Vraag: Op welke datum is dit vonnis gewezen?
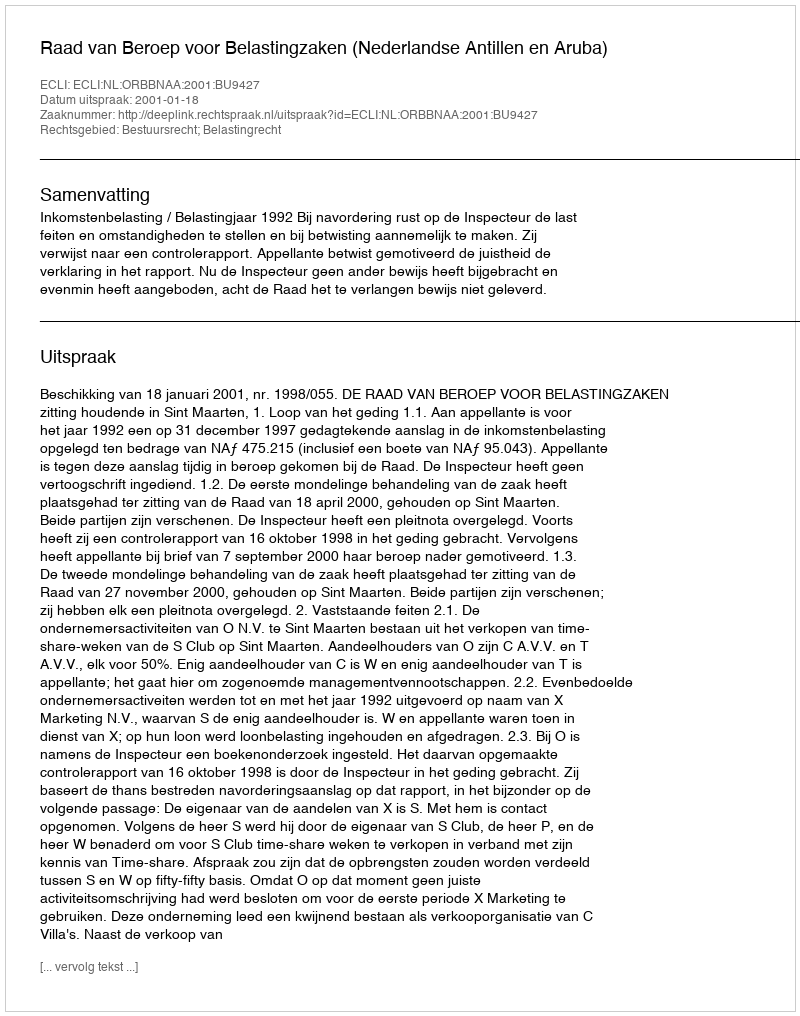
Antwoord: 2001-01-18